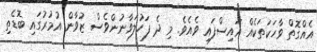
އެއްގޮތް ވާހަކަތަކެއް އައިސްފައި ވެއެވެ. މި ދެ ފަހުލަވާނުންވެސް ޒުވާން އުމުރުގައި ބޮޑެތި